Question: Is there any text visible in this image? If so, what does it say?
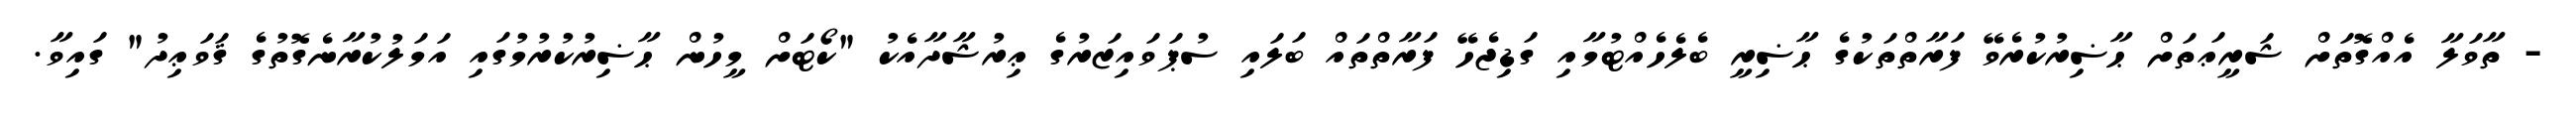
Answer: - ތާވަލާ އެއްގޮތަށް ޝަރީޢަތަށް ޙާޟިރުކުރެވޭ ފަރާތްތަކުގެ ޙާޟިރީ ބެލެހެއްޓުމާއި ގަޑިޖެހޭ ފަރާތްތައް ބަލައި ސުޕަވައިޒަރުގެ ޢިރުޝާދާއެކު "ކޯޓަށް މީހުން ޙާޟިރުކުރުމުގައި އަމަލުކުރާނެގޮތުގެ ޤަވަޢިދު" ގައިވާ.